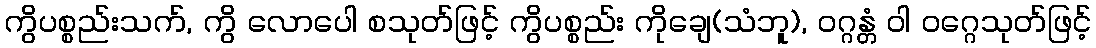
ကွိပစ္စည်းသက်, ကွိ လောပေါ စသုတ်ဖြင့် ကွိပစ္စည်း ကိုချေ(သံဘူ), ဝဂ္ဂန္တံ ဝါ ဝဂ္ဂေသုတ်ဖြင့်